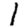
Digit: 1